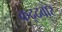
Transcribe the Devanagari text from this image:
कद्द्वार